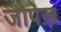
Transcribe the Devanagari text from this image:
जोपेख़